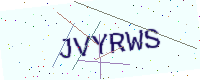
Text: JVYRWS